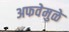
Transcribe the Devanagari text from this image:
अफवेमुळे